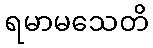
ရမာမသေတိ